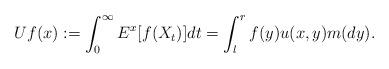
LaTeX: \begin{align*}Uf(x):=\int_0^{\infty}E^x[f(X_t)]dt=\int_l^r f(y)u(x,y)m(dy).\end{align*}